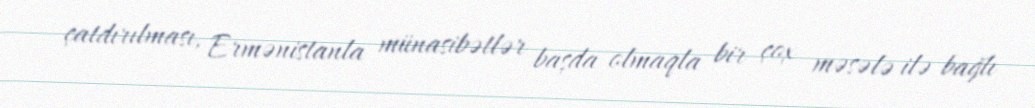
çatdırılması, Ermənistanla münasibətlər başda olmaqla bir çox məsələ ilə bağlı